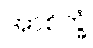
အာစိက္ခံ